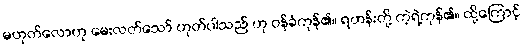
မဟုတ်လောဟု မေးလတ်သော် ဟုတ်ပါသည် ဟု ဝန်ခံကုန်၏။ ရဟန်းတို့ ကဲ့ရဲ့ကုန်၏။ ထို့ကြောင့်